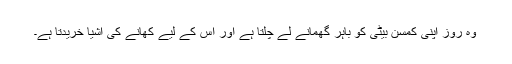
وہ روز اپنی کمسن بیٹی کو باہر گھمانے لے چلتا ہے اور اس کے لیے کھانے کی اشیا خریدتا ہے۔